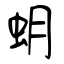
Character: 蚏